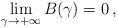
LaTeX: \begin{align*}\lim_{\gamma\to +\infty} B(\gamma)= 0\,,\end{align*}